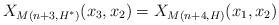
LaTeX: \begin{align*}X_{M(n+3, H^*)}(x_3, x_2) = X_{M(n+4, H)}(x_1, x_2)\end{align*}